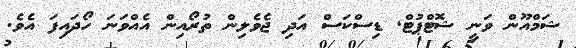
ޝަމްއޫން ވަނީ ޝޮޓްޕުޓް